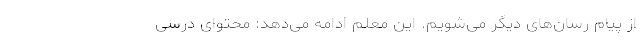
از پیام‌ رسان‌های دیگر می‌شویم. این معلم ادامه می‌دهد: محتوای درسی